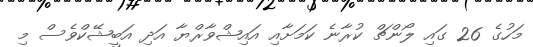
މަހުގެ 26 ގައި ލޯންޗް ކުރާނެ ކަމަށާއި އައިޝްވާރްޔާ އަދި އަބީޝޭކްވެސް މި